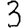
Digit: 3